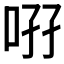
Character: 𠲚